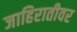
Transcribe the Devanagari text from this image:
जाहिरातीवर